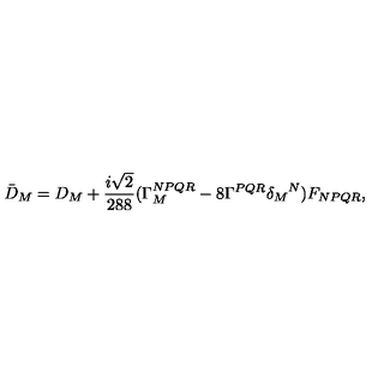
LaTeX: { \bar { D } } _ { M } = D _ { M } + \frac { i \sqrt { 2 } } { 2 8 8 } ( \Gamma _ { M } ^ { N P Q R } - 8 \Gamma ^ { P Q R } { \delta _ { M } } ^ { N } ) F _ { N P Q R } ,